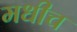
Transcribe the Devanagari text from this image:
मधीच